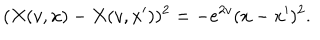
( X ( v , x ) - X ( v , x ^ { \prime } ) ) ^ { 2 } = - e ^ { 2 v } ( x - x ^ { \prime } ) ^ { 2 } .